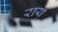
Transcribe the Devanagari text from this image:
राय्